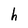
Character: h